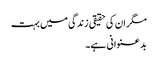
مگر ان کی حقیقی زندگی میں بہت
بد عنوانی ہے۔